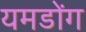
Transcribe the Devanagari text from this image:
यमडोंग